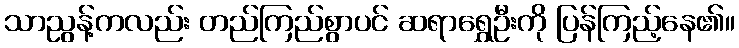
သာညွန့်ကလည်း တည်ကြည်စွာပင် ဆရာရွှေဦးကို ပြန်ကြည့်နေ၏။